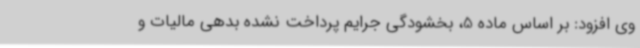
وی افزود: بر اساس ماده 5، بخشودگی جرایم پرداخت نشده بدهی مالیات و